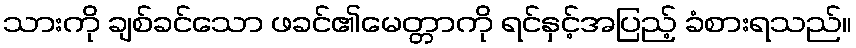
သားကို ချစ်ခင်သော ဖခင်၏မေတ္တာကို ရင်နှင့်အပြည့် ခံစားရသည်။